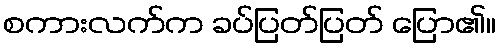
စကားလက်က ခပ်ပြတ်ပြတ် ပြော၏။